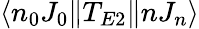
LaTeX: \langle n_{0}J_{0}\| T_{E2}\| nJ_{n}\rangle